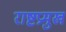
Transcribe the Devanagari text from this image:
राष्टप्रमुख